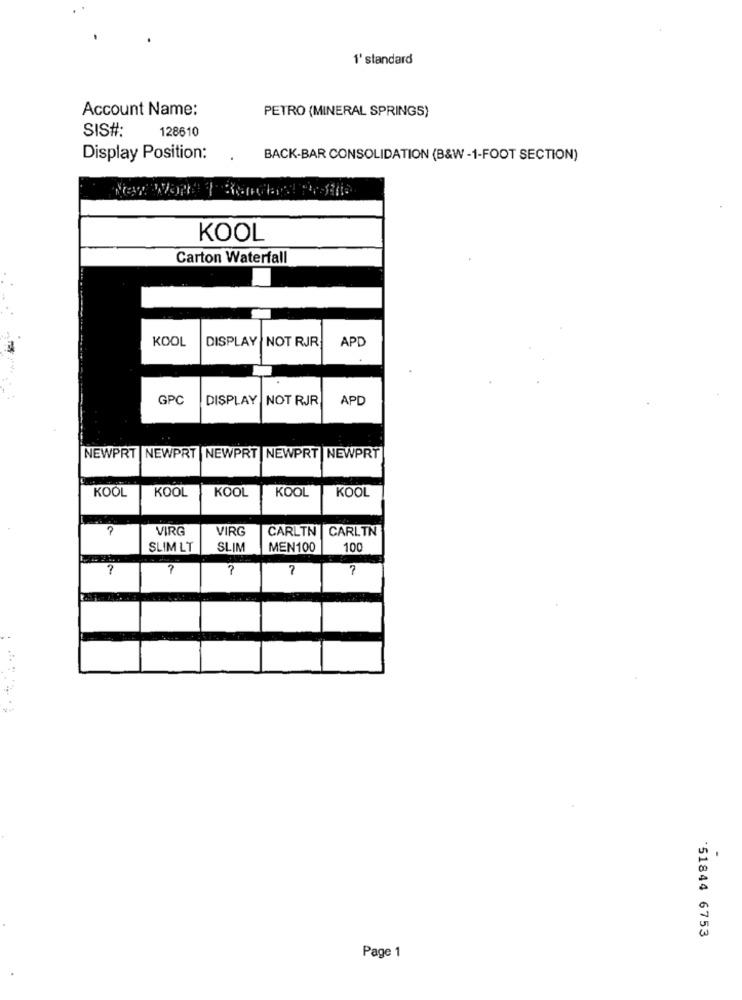
1' standard
Account Name:
PETRO (MINERAL SPRINGS)
SIS#:
128610
Display Position:
BACK-BAR CONSOLIDATION (B&W -1-FOOT SECTION)
KOOL
Carton Waterfall
KOOL
DISPLAY
NOT RJR
APD
GPC
DISPLAY
NOT RJR
APD
NEWPRT NEWPRT NEWPRT |NEWPRT NEWPRÝ
KOOL
KOOL
KOOL
KOOL
KOOL
VIRG
VIRG
CARLTN |CARLTN
SLIM LT
SLIM
MEN100
100
?
7
?
-
'51844 6753
Page 1